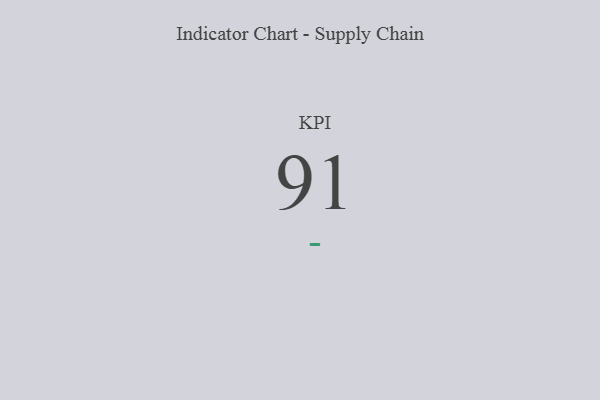
{"axis": {"x": "KPI", "y": "Value"}, "legend": [""], "data": [{"x": "KPI", "y": 91, "type": ""}]}